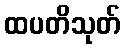
ထပတိသုတ်